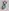
Text: 8